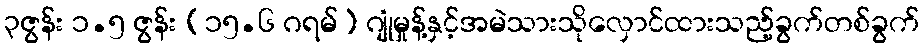
၃ဇွန်း ၁.၅ ဇွန်း (၁၅.၆ ဂရမ်) ဂျုံမှုန့်နှင့်အမဲသားသိုလှောင်ထားသည့်ခွက်တစ်ခွက်